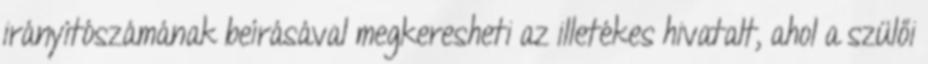
irányítószámának beírásával megkeresheti az illetékes hivatalt, ahol a szülői